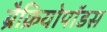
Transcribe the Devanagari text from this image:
ब्रैक्रियोपॉडस